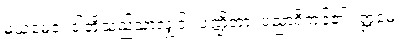
မယမေဝ၊ ငါတို့သည်သာလျှင်။ ပဏ္ဍိတာ၊ ပညာရှိကုန်၏။ ဣမေ၊